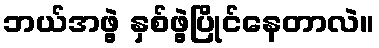
ဘယ်အဖွဲ့ နှစ်ဖွဲ့ပြိုင်နေတာလဲ။